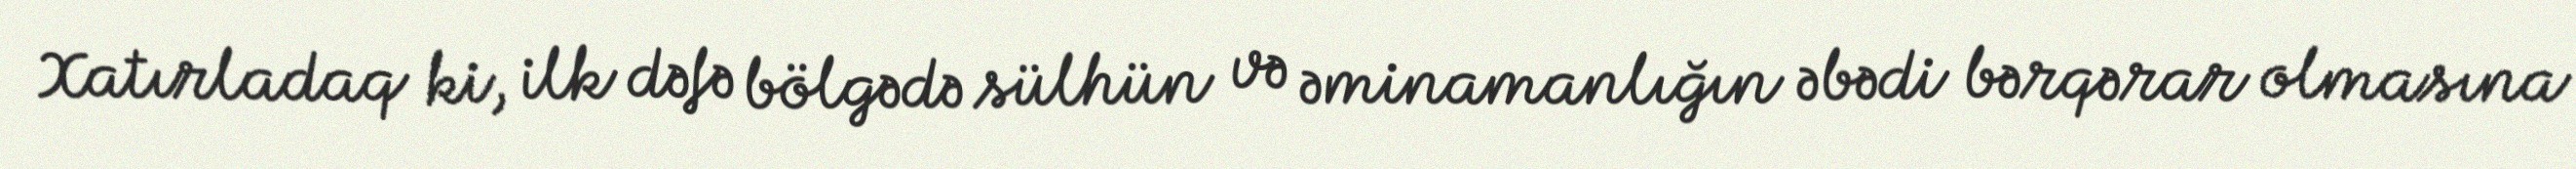
Xatırladaq ki, ilk dəfə bölgədə sülhün və əminamanlığın əbədi bərqərar olmasına